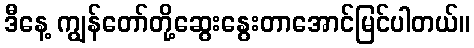
ဒီနေ့ ကျွန်တော်တို့ဆွေးနွေးတာအောင်မြင်ပါတယ်။